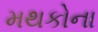
મથકોના